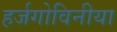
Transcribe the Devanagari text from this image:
हर्जगोविनीया